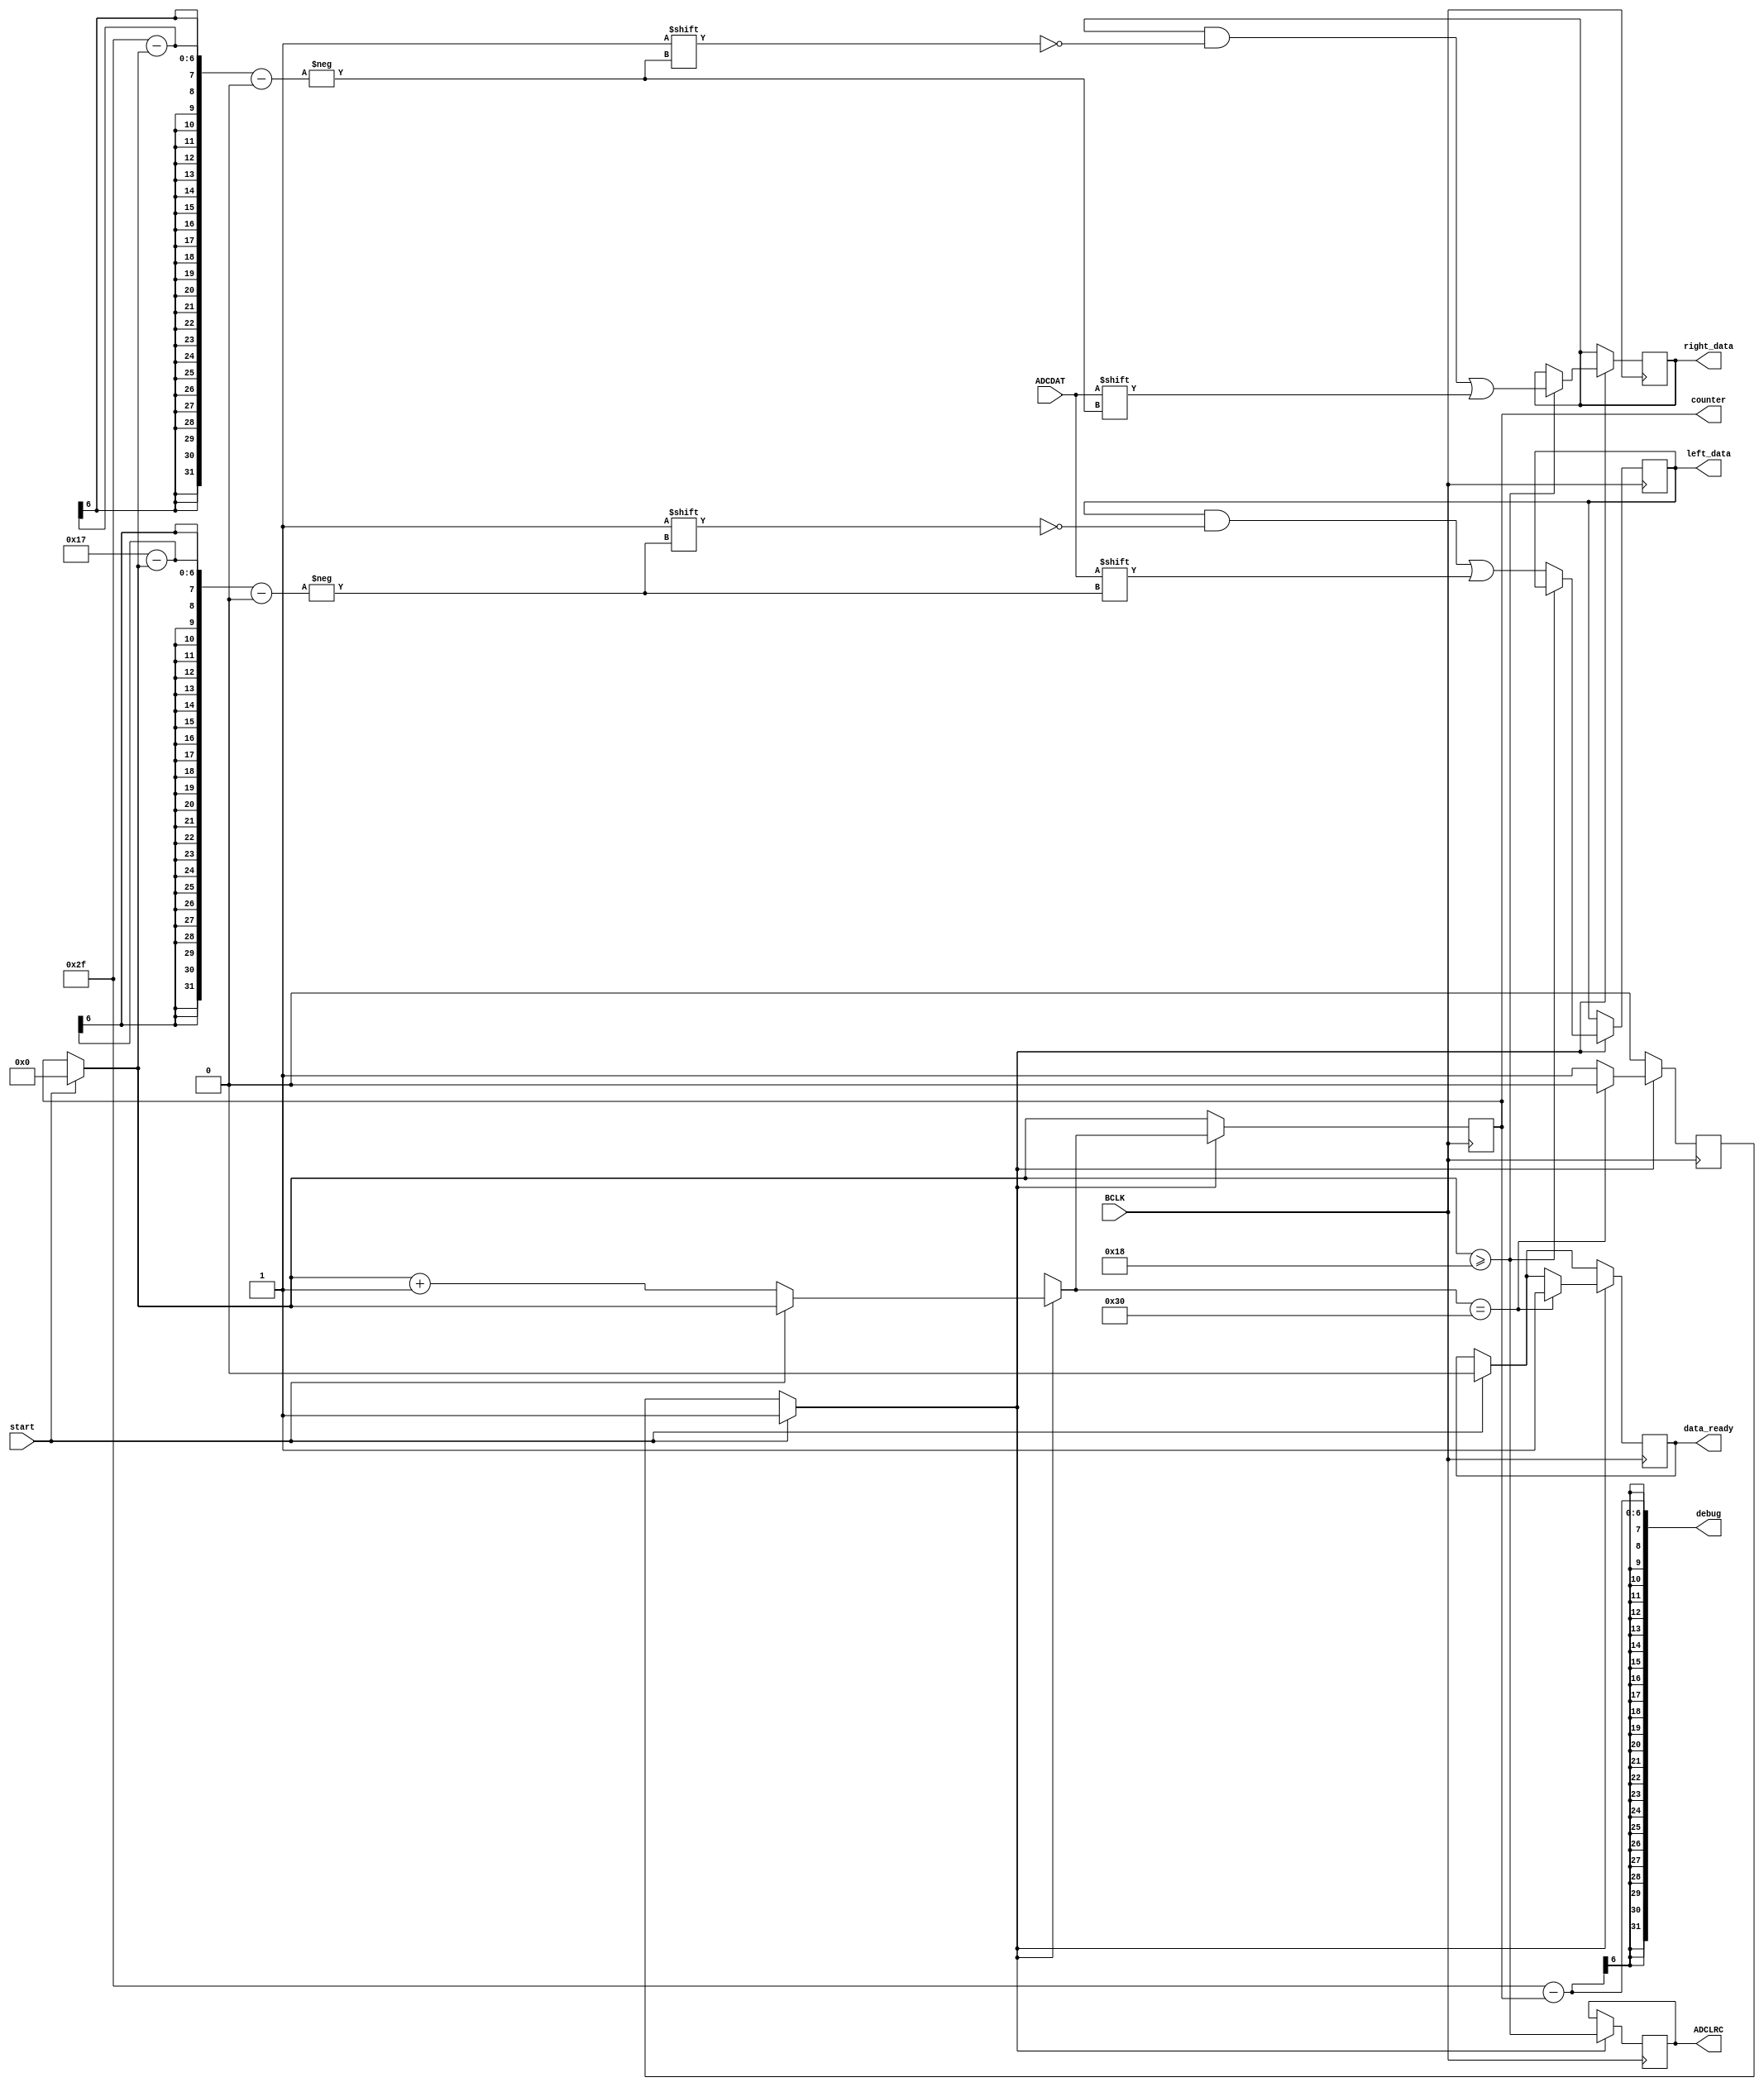
module in_lj #(parameter DATA_WIDTH = 24) (
	input BCLK,
    input ADCDAT,
    input start,
	output reg ADCLRC,
    output reg data_ready,
    output reg[(DATA_WIDTH-1):0] left_data,
    output reg[(DATA_WIDTH-1):0] right_data,
    output wire[5:0] counter, //debug
    output wire[31:0] debug //debug
);

    // Internal registers
    reg[5:0] bit_counter = 5'd0;
    reg running = 0;

    //debug
    assign counter = bit_counter;
    assign debug = DATA_WIDTH + DATA_WIDTH - 1 - bit_counter;

    // ADC processing
    always @(posedge BCLK)
    begin
        if(start) begin
            running = 1;
            bit_counter = 5'd0;
            data_ready = 0;
        end
        if(running) begin
            ADCLRC = bit_counter >= DATA_WIDTH;        
            if(ADCLRC)
                right_data[DATA_WIDTH + DATA_WIDTH - 1 - bit_counter] = ADCDAT;
            else 
                left_data[DATA_WIDTH - 1 - bit_counter] = ADCDAT;
            if(!start)
                bit_counter = bit_counter + 1;
            if(bit_counter == DATA_WIDTH<<1) begin
                running = 0;
                data_ready = 1;
            end
        end
    end

endmodule